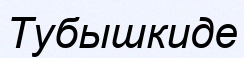
Тубышкиде